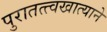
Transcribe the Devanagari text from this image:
पुरातत्त्वखात्याने